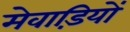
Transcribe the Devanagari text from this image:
मेवाड़ियों